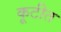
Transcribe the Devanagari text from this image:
कूटीत